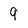
Character: 9